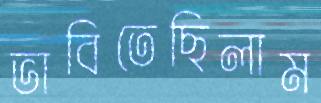
ভাবিতেছিলাম